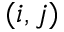
( i , j )